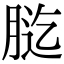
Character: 𦛰